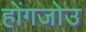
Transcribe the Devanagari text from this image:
होंगजोउ